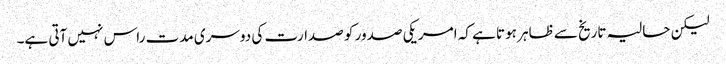
لیکن حالیہ تاریخ سے ظاہر ہوتا ہے کہ امریکی صدور کو صدارت کی دوسری مدت راس نہیں آتی ہے۔